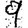
Digit: 9